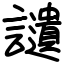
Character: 讉